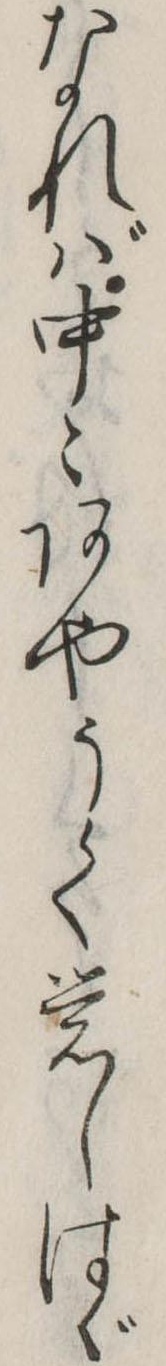
なれば中々あやうく覚しはゞ